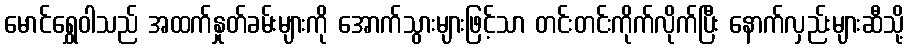
မောင်ရွှေဝါသည် အထက်နှုတ်ခမ်းများကို အောက်သွားများဖြင့်သာ တင်းတင်းကိုက်လိုက်ပြီး နောက်လှည်းများဆီသို့